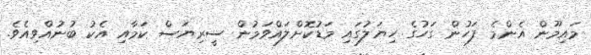
މައިމޫން އެންމެ ފަހުން ގަހުގެ ހިޔަލުގައި މަޑުކޮށްލައްވަމުން ސީރިޔަސް ކަމާއި އެކު ބުނުއްވިއެވެ.